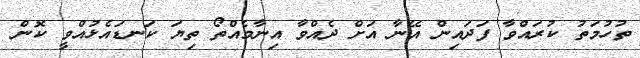
ތުހުމަތު ކުރައްވާ ފަދައިން އޭނާ އަށް ދެއްވާ އިނާމެއްތޯ ތިޔަ ކަނޑައެޅުއްވީ ކޮން